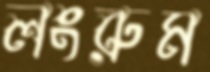
লংরুম